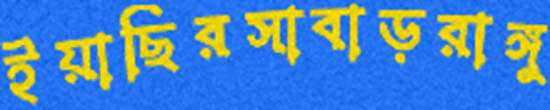
ইয়াছিরসাবাড়রাঙ্গু